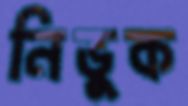
নিভুক